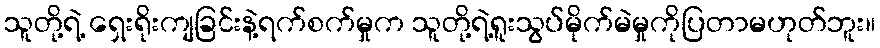
သူတို့ရဲ့ ရှေးရိုးကျခြင်းနဲ့ရက်စက်မှုက သူတို့ရဲ့ရူးသွပ်မိုက်မဲမှုကိုပြတာမဟုတ်ဘူး။